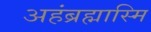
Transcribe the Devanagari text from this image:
अहंब्रह्मास्मि